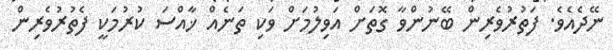
ނޭދެއެވެ. ފަތުރުވެރިން ބޭނުންވާ ގޮތަށް އަވިލުމަށް ވަކި ތަނެއް ޚާއްސަ ކުރުމަކީ ފެތުރުވެރިން